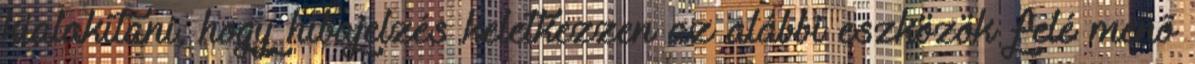
kialakítani, hogy hibajelzés keletkezzen az alábbi eszközök felé menõ